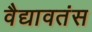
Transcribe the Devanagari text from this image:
वैद्यावतंस